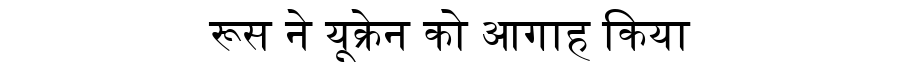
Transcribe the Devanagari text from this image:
रूस ने यूक्रेन को आगाह किया